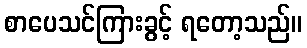
စာပေသင်ကြားခွင့် ရတော့သည်။